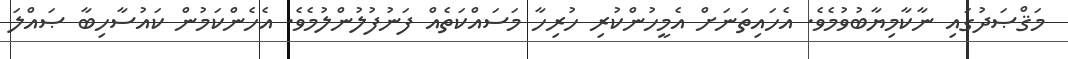
މަޤްޞަދުގައި ނާކާމިޔާބުވުމެވެ. އެހައިތަނަށް އެމީހުންކުރި ހުރިހާ މަސައްކަތެއް ފަނުފުލުންލުމެވެ. އެހެންކަމުން ކައުސާހިބާ ޞައްލަ